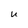
Character: U